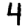
Digit: 4